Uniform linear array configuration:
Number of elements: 16
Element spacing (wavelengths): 0.25
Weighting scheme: hann
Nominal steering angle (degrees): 60
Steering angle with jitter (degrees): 60.756
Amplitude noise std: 0.05
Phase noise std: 0.05

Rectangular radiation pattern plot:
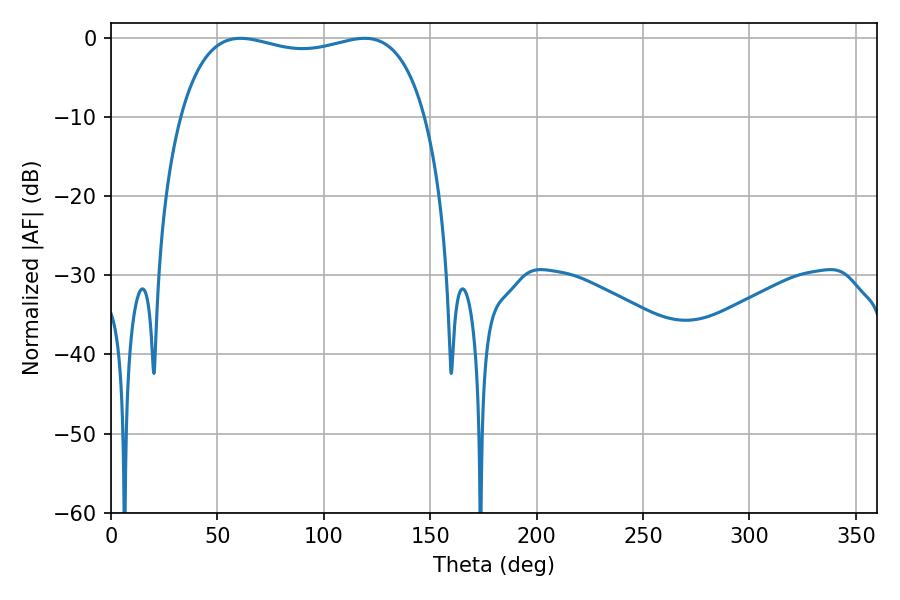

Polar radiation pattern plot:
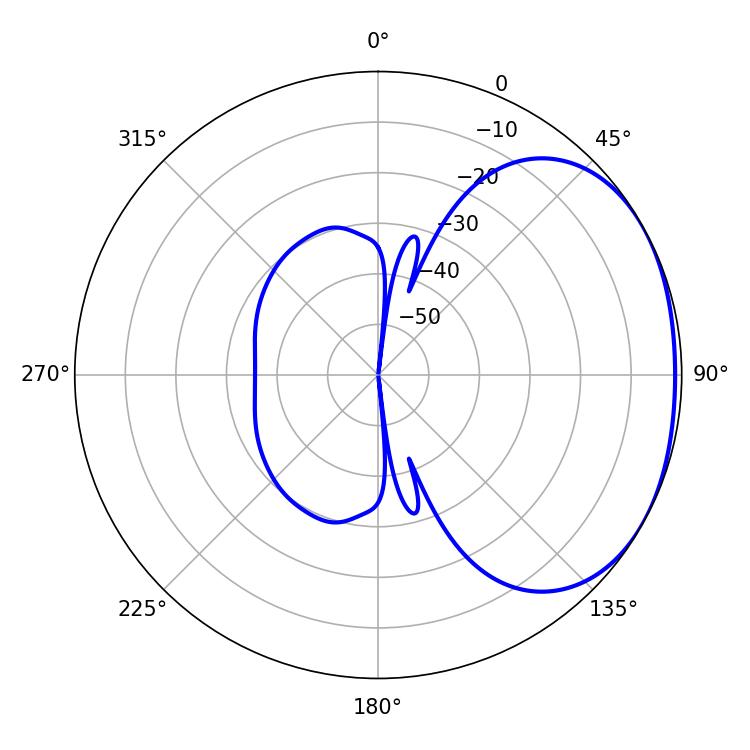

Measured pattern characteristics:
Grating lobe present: FALSE
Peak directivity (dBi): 1.839
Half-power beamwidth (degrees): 93.6
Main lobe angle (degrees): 60.84